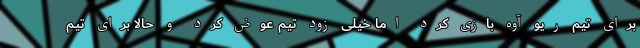
برای تیم ریو آوه بازی کرد اما خیلی زود تیم عوض کرد و حالا برای تیم